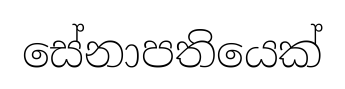
සේනාපතියෙක්